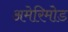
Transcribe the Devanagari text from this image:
अमेरिमोड